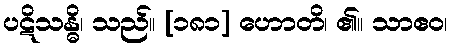
ပဋိသန္ဓိ၊ သည်။ [၁၈၁] ဟောတိ၊ ၏။ သာဧဝ၊